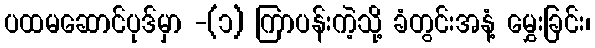
ပထမဆောင်ပုဒ်မှာ -(၁) ကြာပန်းကဲ့သို့ ခံတွင်းအနံ့ မွှေးခြင်း၊